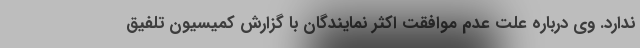
ندارد. وی درباره علت عدم موافقت اکثر نمایندگان با گزارش کمیسیون تلفیق